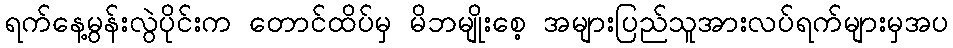
ရက်နေ့မွန်းလွဲပိုင်းက တောင်ထိပ်မှ မိဘမျိုးစေ့ အများပြည်သူအားလပ်ရက်များမှအပ